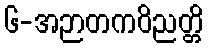
၆-အဉာတကဝိညတ္တိ